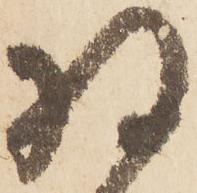
将